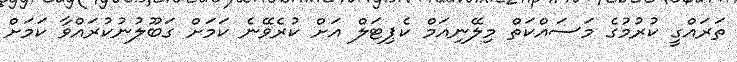
ތަރައްގީ ކުުރުމުގެ މަސައްކަތް މިލޭނިއަމް ކެޕިޓަލް އަށް ކުރެވޭނެ ކަމަށް ގަބޫލުނުކުރައްވާ ކަމަށް